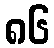
၈၆